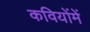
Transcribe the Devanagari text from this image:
कवियोंमें